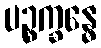
ပဉ္စက္ခန္ဓေ